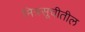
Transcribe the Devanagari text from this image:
मित्रसूचीतील